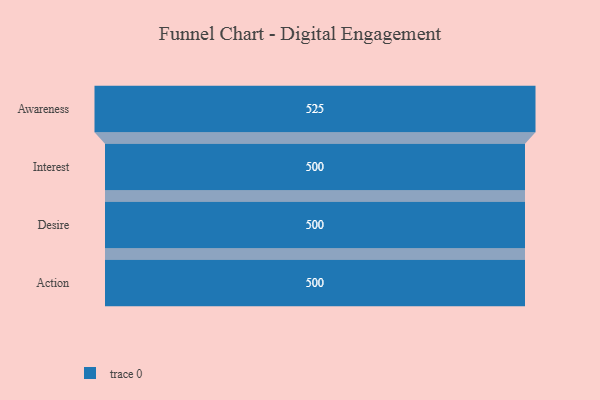
{"axis": {"x": "Stage", "y": "Value"}, "legend": [""], "data": [{"x": "Awareness", "y": 525.0, "type": ""}, {"x": "Interest", "y": 500, "type": ""}, {"x": "Desire", "y": 500, "type": ""}, {"x": "Action", "y": 500, "type": ""}]}